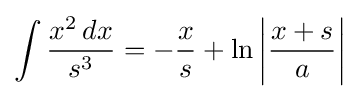
\int {\frac {x^{2}\,dx}{s^{3}}}=-{\frac {x}{s}}+\ln \left|{\frac {x+s}{a}}\right|